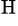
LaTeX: ^\mathrm{H}